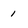
Character: 1